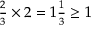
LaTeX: \begin{array} { l } { { \frac { 2 } { 3 } } \times 2 = 1 { \frac { 1 } { 3 } } \geq 1 } \end{array}